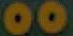
00